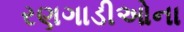
રણગાડીઓના